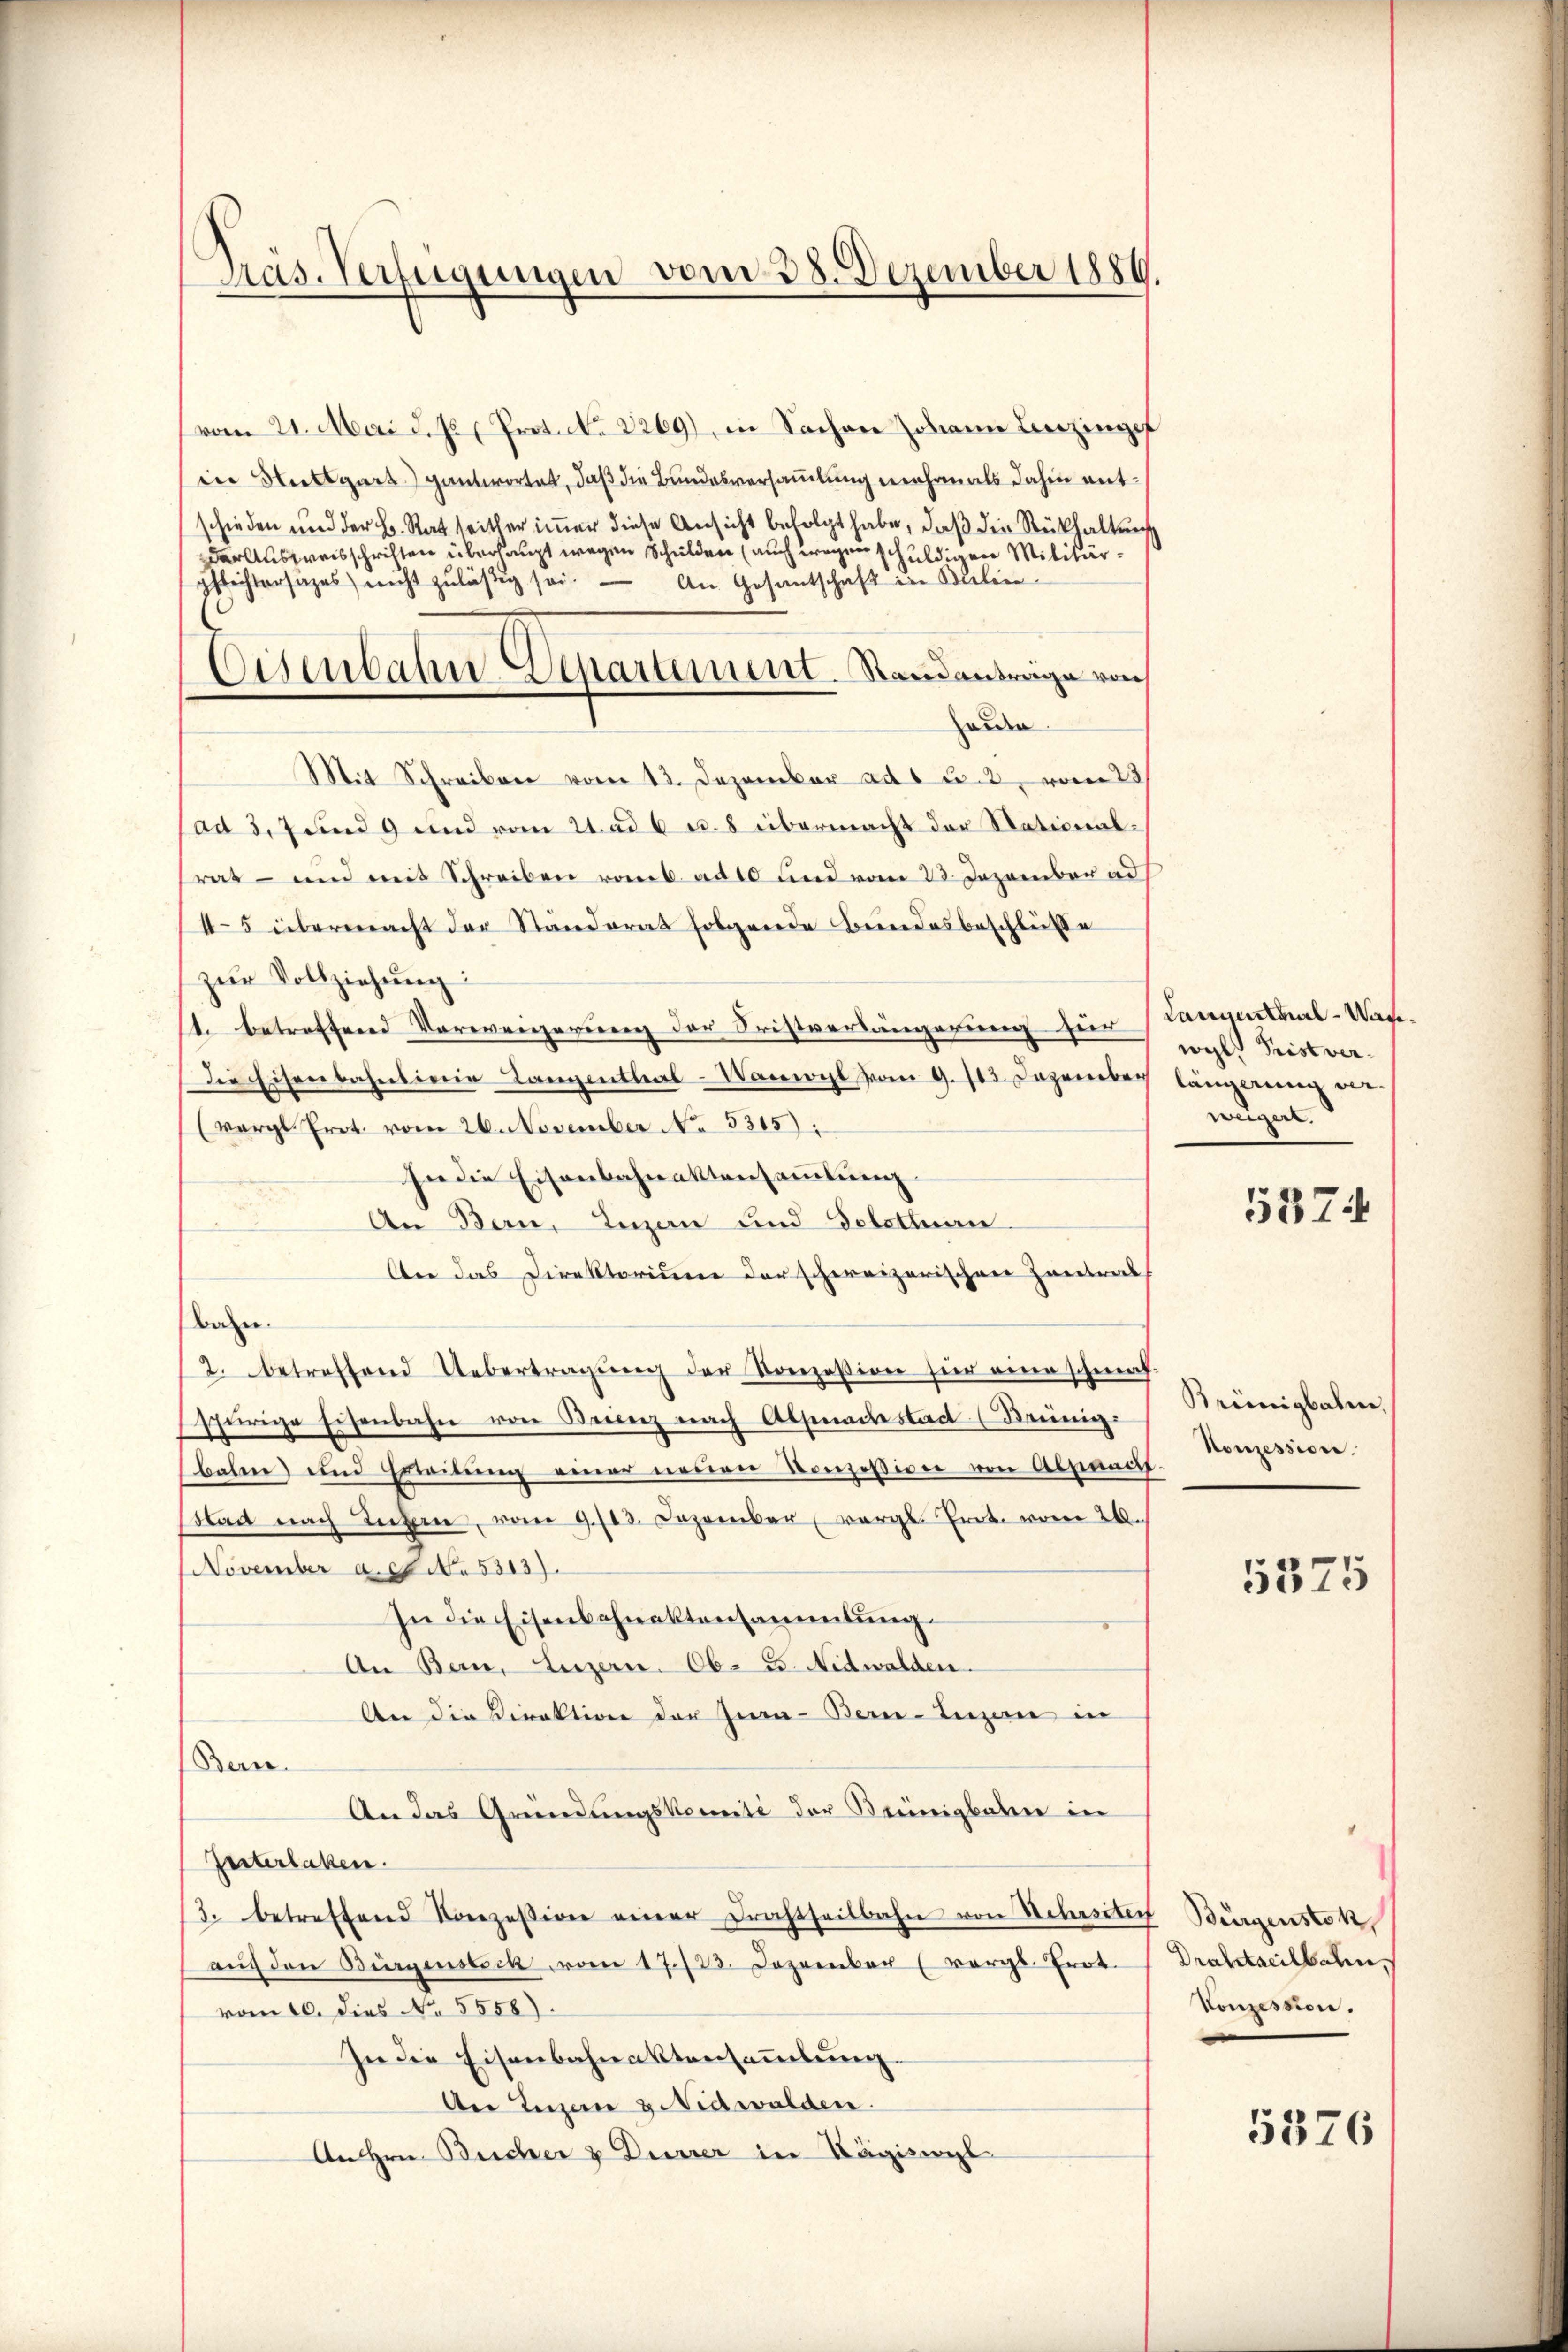
Pras. Verfügungen vom 28. Dezember 1880.

vom 21. Mai d. J. Prot. c. 2269), in Sachen Johann Linzinge
ine Nettgart gantwortet, daß die Bundesversamlung mehrmals dahin entschieden und der B. Rat seither immer diese Ansicht befolgt habe, daß die Rückhaltung
Dar Ausweisschriften überhaupt wegen Schulden (auch wegen schuld Militärpflichtersages nicht zuläßig sei. An Gesantschaft der Stilien
oiden
Mit Schreiben vom 13. Dezember ad 1 u. 3, vom 23
ad 3, 7 und 9 und vom 21. ad 6 u. 8 übermacht der Nationalrat- und mit Schreiben romb. ad 10 und vom 23. Dezember ad
45 übermacht der Ständerat folgende Bundesbeschlüsse
zŭr Vollziehŭng:
1. betreffend Verweigerung der Fristverlängerung für Kanzentral-Wan-
Die Eisenbahnlinie Langenthal-Wamocht vom 9. 113. Dezember längerung u
(vergl. Prot. vom 26. November No. 5315):
In die Eisenbahnaktensammlung
An Bern, Luzern und Gelettuan
lter das Direktorium der schweizerischen Zentrat
Bahn.
2. betreffend Uebertragŭng der Konzession für eine schmal
sherige Eisenbahn von Beicenz nach Absendestadt (Reinig-
bahne) und Erleitung einer neueren Konzessiven von Abstandtlad nach Luzern, vom 9./12. Dezember vergl. Prot. vom 26.
November a. g. No. 5313).
In die Eisenbahnaktensammlung.
An Bern, Luzern. Ob- u. Nidwalden.
An die Direktion der Jura-Bern-Luzern in
Bern.
An das Gründungskomité der Keinigkalen in
Zeiterlaken.
3. betreffend Konzession einer Drahtheilbahn von Wehrsten Bürgenstok
aŭf den Bürgensteck vom 17./23. Dezember (vergl. Trot.
vom 10. Dies N. 5558).
In die Eisenbahnaktensammlung.
Aer Luzern & Nidwalden.
An Hrn. Bücher & Dürrer in Hägiswyl

Eisenbahn-Departement. Standantrage von

wyl, Fristverweigert.

Krimigbahn,
Konzession.

5374

5375

Drahtacilbalen
Konzession.

5376